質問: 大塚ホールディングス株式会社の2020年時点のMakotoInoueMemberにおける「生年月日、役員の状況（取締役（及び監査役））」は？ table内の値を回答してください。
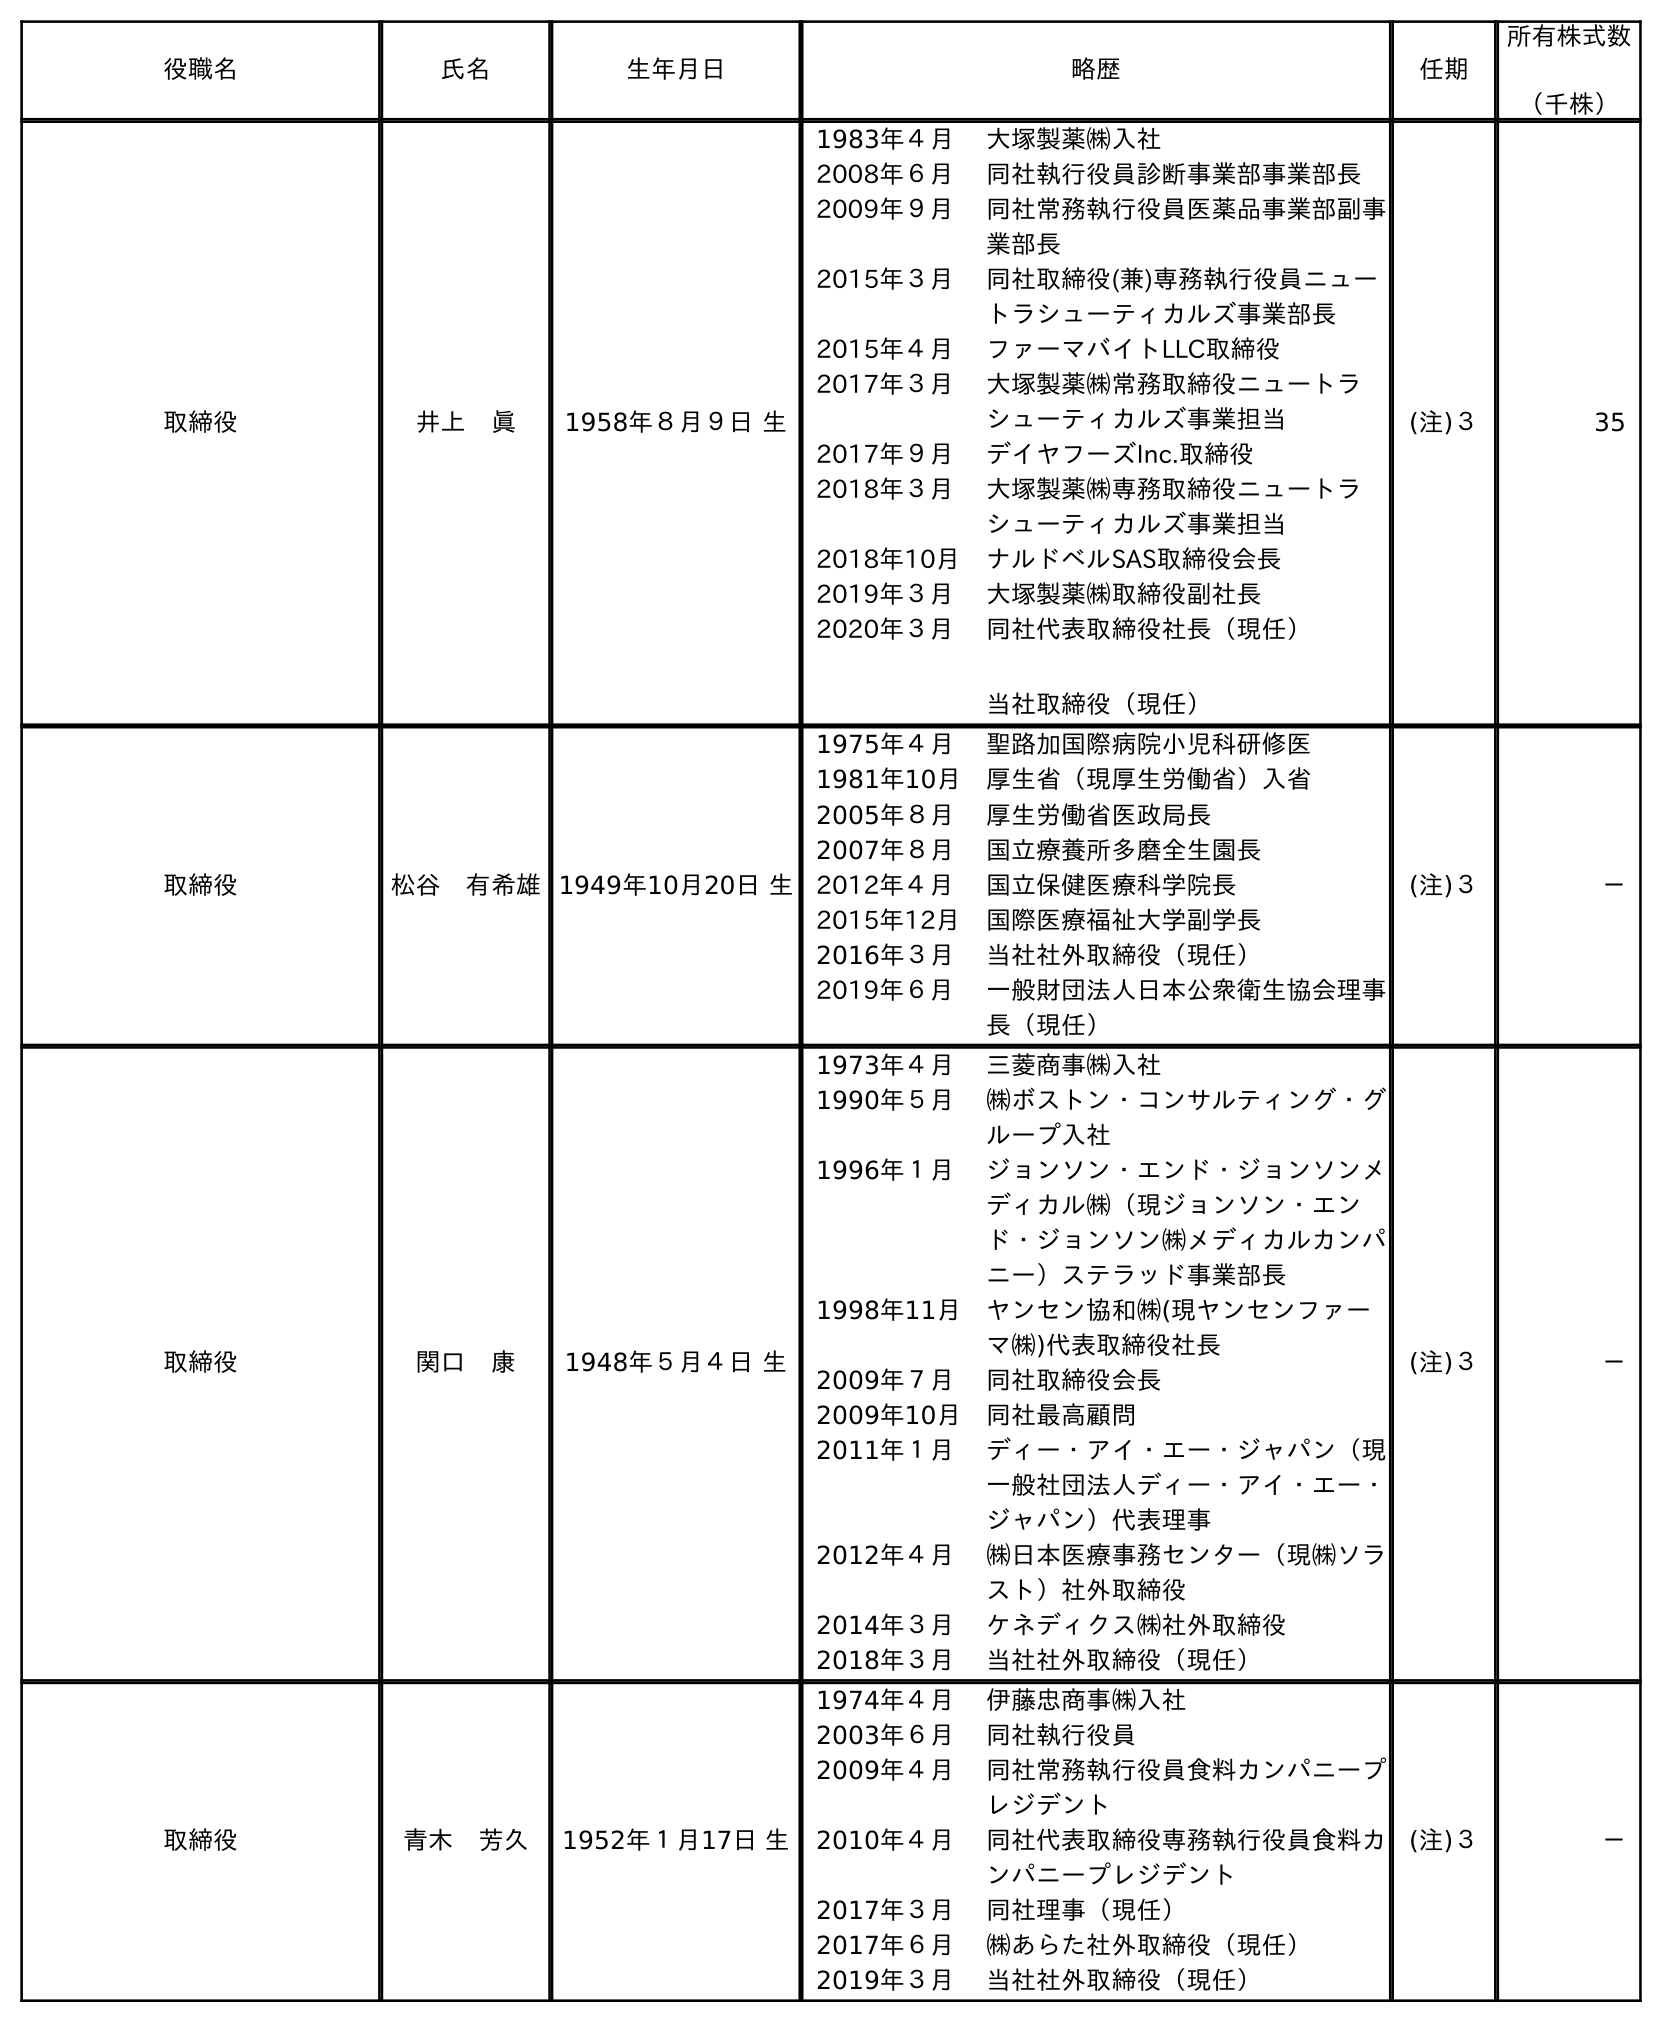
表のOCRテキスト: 役職名 氏名 生年月日 略歴 任期 所有株式数 （千株） 取締役 井上 眞 1958年８月９日 生 1983年４月 大塚製薬㈱入社 2008年６月 同社執行役員診断事業部事業部長 2009年９月 同社常務執行役員医薬品事業部副事 業部長 2015年３月 同社取締役(兼)専務執行役員ニュー トラシューティカルズ事業部長 2015年４月 ファーマバイトLLC取締役 2017年３月 大塚製薬㈱常務取締役ニュートラ シューティカルズ事業担当 2017年９月 デイヤフーズInc.取締役 2018年３月 大塚製薬㈱専務取締役ニュートラ シューティカルズ事業担当 2018年10月 ナルドベルSAS取締役会長 2019年３月 大塚製薬㈱取締役副社長 2020年３月 同社代表取締役社長（現任） 当社取締役（現任） (注)３ 35 取締役 松谷 有希雄1949年10月20日 生 1975年４月 聖路加国際病院小児科研修医 1981年10月 厚生省（現厚生労働省）入省 2005年８月 厚生労働省医政局長 2007年８月 国立療養所多磨全生園長 2012年４月 国立保健医療科学院長 2015年12月 国際医療福祉大学副学長 2016年３月 当社社外取締役（現任） 2019年６月 一般財団法人日本公衆衛生協会理事 長（現任） (注)３ － 取締役 関口 康 1948年５月４日 生 1973年４月 三菱商事㈱入社 1990年５月 ㈱ボストン・コンサルティング・グ ループ入社 1996年１月 ジョンソン・エンド・ジョンソンメ ディカル㈱（現ジョンソン・エン ド・ジョンソン㈱メディカルカンパ ニー）ステラッド事業部長 1998年11月 ヤンセン協和㈱(現ヤンセンファー マ㈱)代表取締役社長 2009年７月 同社取締役会長 2009年10月 同社最高顧問 2011年１月 ディー・アイ・エー・ジャパン（現 一般社団法人ディー・アイ・エー・ ジャパン）代表理事 2012年４月 ㈱日本医療事務センター（現㈱ソラ スト）社外取締役 2014年３月 ケネディクス㈱社外取締役 2018年３月 当社社外取締役（現任） (注)３ － 取締役 青木 芳久 1952年１月17日 生 1974年４月 伊藤忠商事㈱入社 2003年６月 同社執行役員 2009年４月 同社常務執行役員食料カンパニープ レジデント 2010年４月 同社代表取締役専務執行役員食料カ ンパニープレジデント 2017年３月 同社理事（現任） 2017年６月 ㈱あらた社外取締役（現任） 2019年３月 当社社外取締役（現任） (注)３ －
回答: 1958年８月９日生